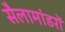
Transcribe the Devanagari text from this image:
सैलामांडरों